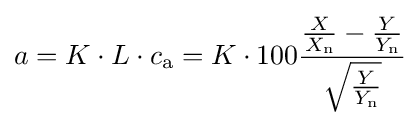
a=K\cdot L\cdot c_{\mathrm {a} }=K\cdot 100{\frac {{\frac {X}{X_{\mathrm {n} }}}-{\frac {Y}{Y_{\mathrm {n} }}}}{\sqrt {\frac {Y}{Y_{\mathrm {n} }}}}}